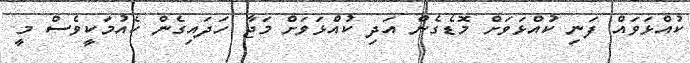
ކުއްޅަވައް ފަނި ކުއްޅަވަށް މޮޑެގެން އަދި ކުއްޅަވަށް މަޖާ ހަދައިގެން ކެއުމަކީވެސް މީ